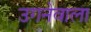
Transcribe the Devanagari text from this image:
उगनेवाला